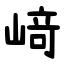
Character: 﨑